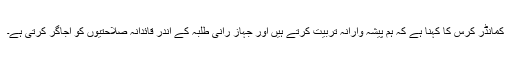
کمانڈر کرس کا کہنا ہے کہ ہم پیشہ وارانہ تربیت کرتے ہیں اور جہاز رانی طلبہ کے اندر قائدانہ صلاحتیوں کو اجاگر کرتی ہے۔